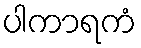
ပါကာရကံ